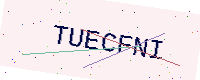
Text: TUECFNI